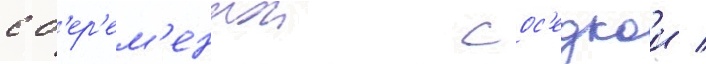
с б'ер'ем'еннои сос'едкои /